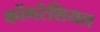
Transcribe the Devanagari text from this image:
कोंगरेशियल